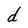
Character: d